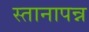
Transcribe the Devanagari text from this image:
स्तानापन्न